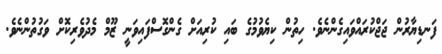
ފަނޑިޔާރުން ޖަޖްކުރައްވައިގެންނެވެ. ހިތުން ކިޔެވުމުގެ ބައި ކުރިއަށް ގެންގޮސްފައިވަނީ ޒޫމް މެދުވެރިކޮށް ވަގުތުންނެވެ.